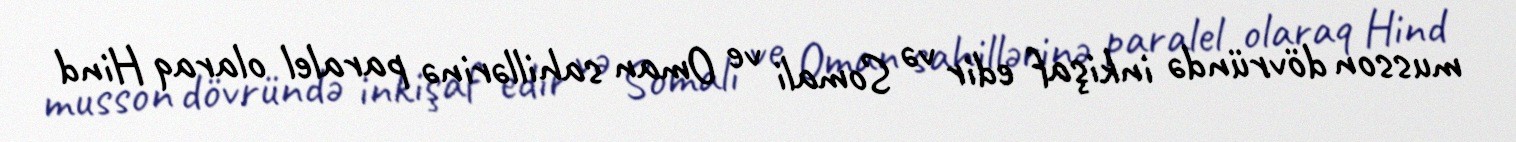
musson dövründə inkişaf edir və Somali ve Oman sahillərinə paralel olaraq Hind